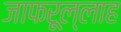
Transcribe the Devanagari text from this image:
जाफरूल्लाह